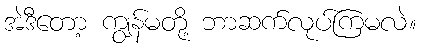
အဲဒီတော့ ကျွန်မတို့ ဘာဆက်လုပ်ကြမလဲ။